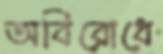
অবিরোধে